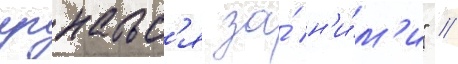
угнатьс'я за́ н'и́м'и" //